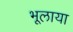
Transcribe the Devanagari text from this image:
भूलाया